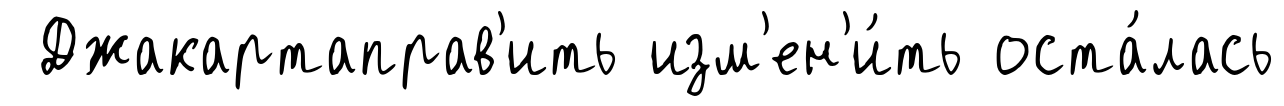
Джакартаправ'ить изм'ен'и́ть оста́лась